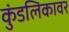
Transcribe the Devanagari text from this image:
कुंडलिकावर